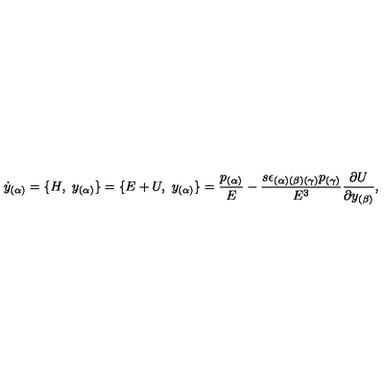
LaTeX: { \dot { y } } _ { ( \alpha ) } = \{ H , \ { y } _ { ( \alpha ) } \} = \{ E + U , \ { y } _ { ( \alpha ) } \} = { \frac { p _ { ( \alpha ) } } { E } } - { \frac { s \epsilon _ { ( \alpha ) ( \beta ) ( \gamma ) } p _ { ( \gamma ) } } { E ^ { 3 } } } { \frac { \partial U } { \partial { y } _ { ( \beta ) } } } ,